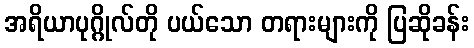
အရိယာပုဂ္ဂိုလ်တို ပယ်သော တရားများကို ပြဆိုခန်း